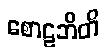
စောဠဘိတိ